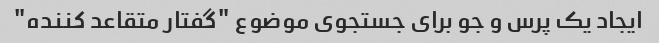
ایجاد یک پرس و جو برای جستجوی موضوع "گفتار متقاعد کننده"